Vaccination report Assam 1896-1927 - 1896-1927
Year: 1896
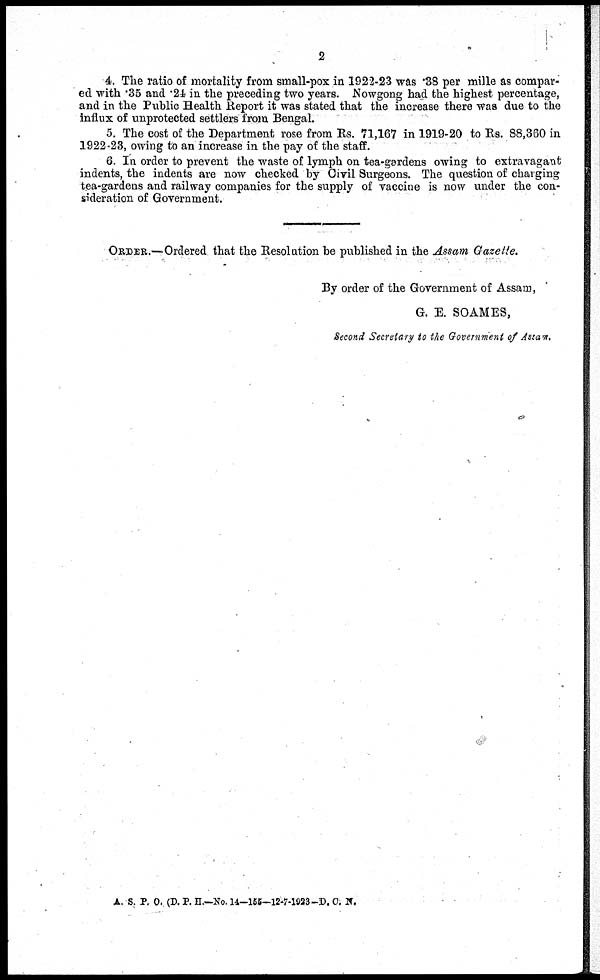
2
4. The ratio of mortality from small-pox in 1922-23 was .38 per mille as compar-
ed with .35 and .24 in the preceding two years. Nowgong had the highest percentage,
and in the Public Health Report it was stated that the increase there was due to the
influx of unprotected settlers from Bengal.
5. The cost of the Department rose from Rs. 71,167 in 1919-20 to Rs. 88,360 in
1922-23, owing to an increase in the pay of the staff.
6. In order to prevent the waste of lymph on tea-gardens owing to extravagant
indents, the indents are now checked by Civil Surgeons. The question of charging
tea-gardens and railway companies for the supply of vaccine is now under the con-
sideration of Government.
ORDER.— Ordered that the Resolution be published in the Assam Gazette.
By order of the Government of Assam,
G. E. SOAMES,
Second Secretary to the Government of Assam,
A. S. P. O. (D. P. H.—No. 14—155—12-7-1923 -D. C. N.